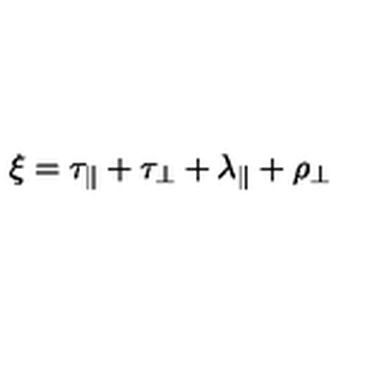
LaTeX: \xi = \tau _ { \parallel } + \tau _ { \perp } + \lambda _ { \parallel } + \rho _ { \perp }